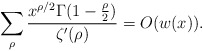
\begin{align*}\sum_{\rho}\frac{x^{\rho/2}\Gamma(1-\frac{\rho}{2})}{\zeta'(\rho)}=O(w(x)).\end{align*}